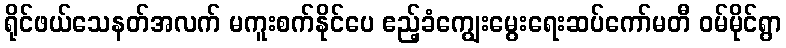
ရိုင်ဖယ်သေနတ်အလက် မကူးစက်နိုင်ပေ ဧည့်ခံကျွေးမွေးရေးဆပ်ကော်မတီ ဝမ်မိုင်ရွာ